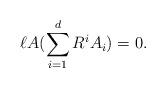
LaTeX: \begin{align*}\ell A(\sum\limits_{i=1}^{d}R^iA_{i})=0.\end{align*}